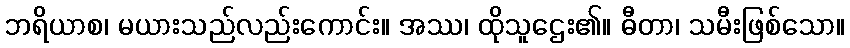
ဘရိယာစ၊ မယားသည်လည်းကောင်း။ အဿ၊ ထိုသူဌေး၏။ ဓီတာ၊ သမီးဖြစ်သော။